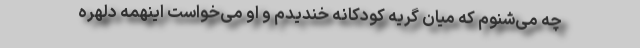
چه می‌شنوم که میان گریه کودکانه خندیدم و او می‌خواست اینهمه دلهره